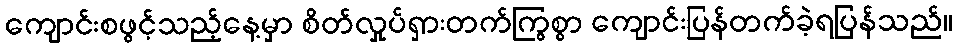
ကျောင်းစဖွင့်သည့်နေ့မှာ စိတ်လှုပ်ရှားတက်ကြွစွာ ကျောင်းပြန်တက်ခဲ့ရပြန်သည်။